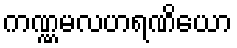
ကဏ္ဏမလဟရဏိယော